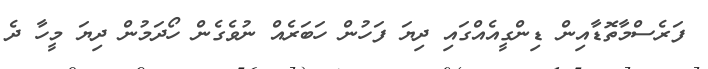
ފަރެސްމާތޮޑާއިން ޑިންގީއެއްގައި ދިޔަ ފަހުން ހަބަރެއް ނުވެގެން ހޯދަމުން ދިޔަ މީހާ ދެ